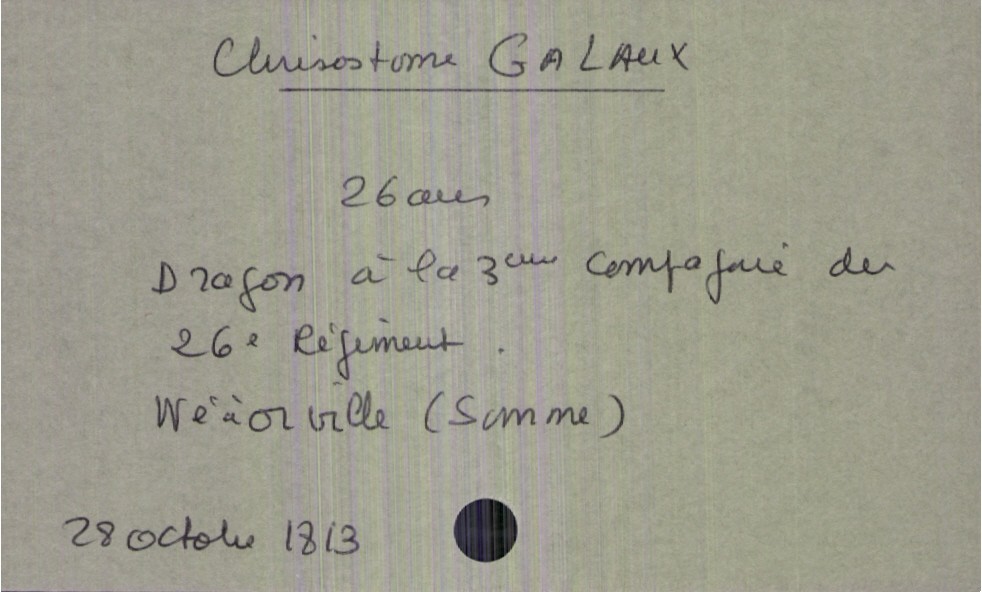
type_acte: Décès
année: 1813
mois: octobre
jour: 28
défunt_nom: Galaux
défunt_prénom: Chrisostome
défunt_sexe: H
défunt_âge: 26 ans
défunt_profession: Dragon à la 3eme compagnie des 26e régiment
défunt_lieu_de_naissance: Orville (Somme)